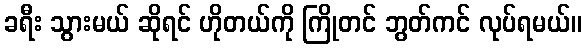
ခရီး သွားမယ် ဆိုရင် ဟိုတယ်ကို ကြိုတင် ဘွတ်ကင် လုပ်ရမယ်။